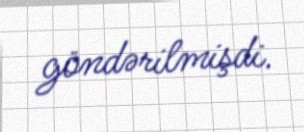
göndərilmişdi.